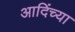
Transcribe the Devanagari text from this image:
आदिंच्या